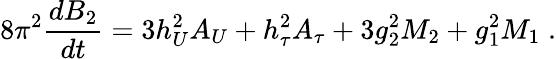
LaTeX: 8\pi^{2}\frac{dB_{2}}{dt}=3h_{U}^{2}A_{U}+h_{\tau}^{2}A_{\tau}+3g_{2}^{2}M_{2}+g_{1}^{2}M_{1}\; .